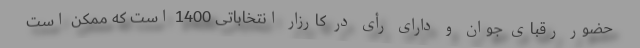
حضور رقبای جوان و دارای رأی در کارزار انتخاباتی 1400 است که ممکن است